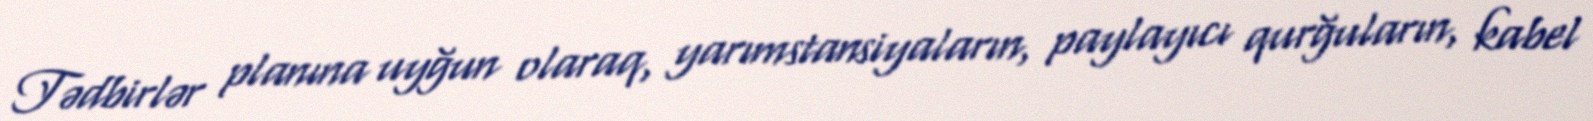
Tədbirlər planına uyğun olaraq, yarımstansiyaların, paylayıcı qurğuların, kabel